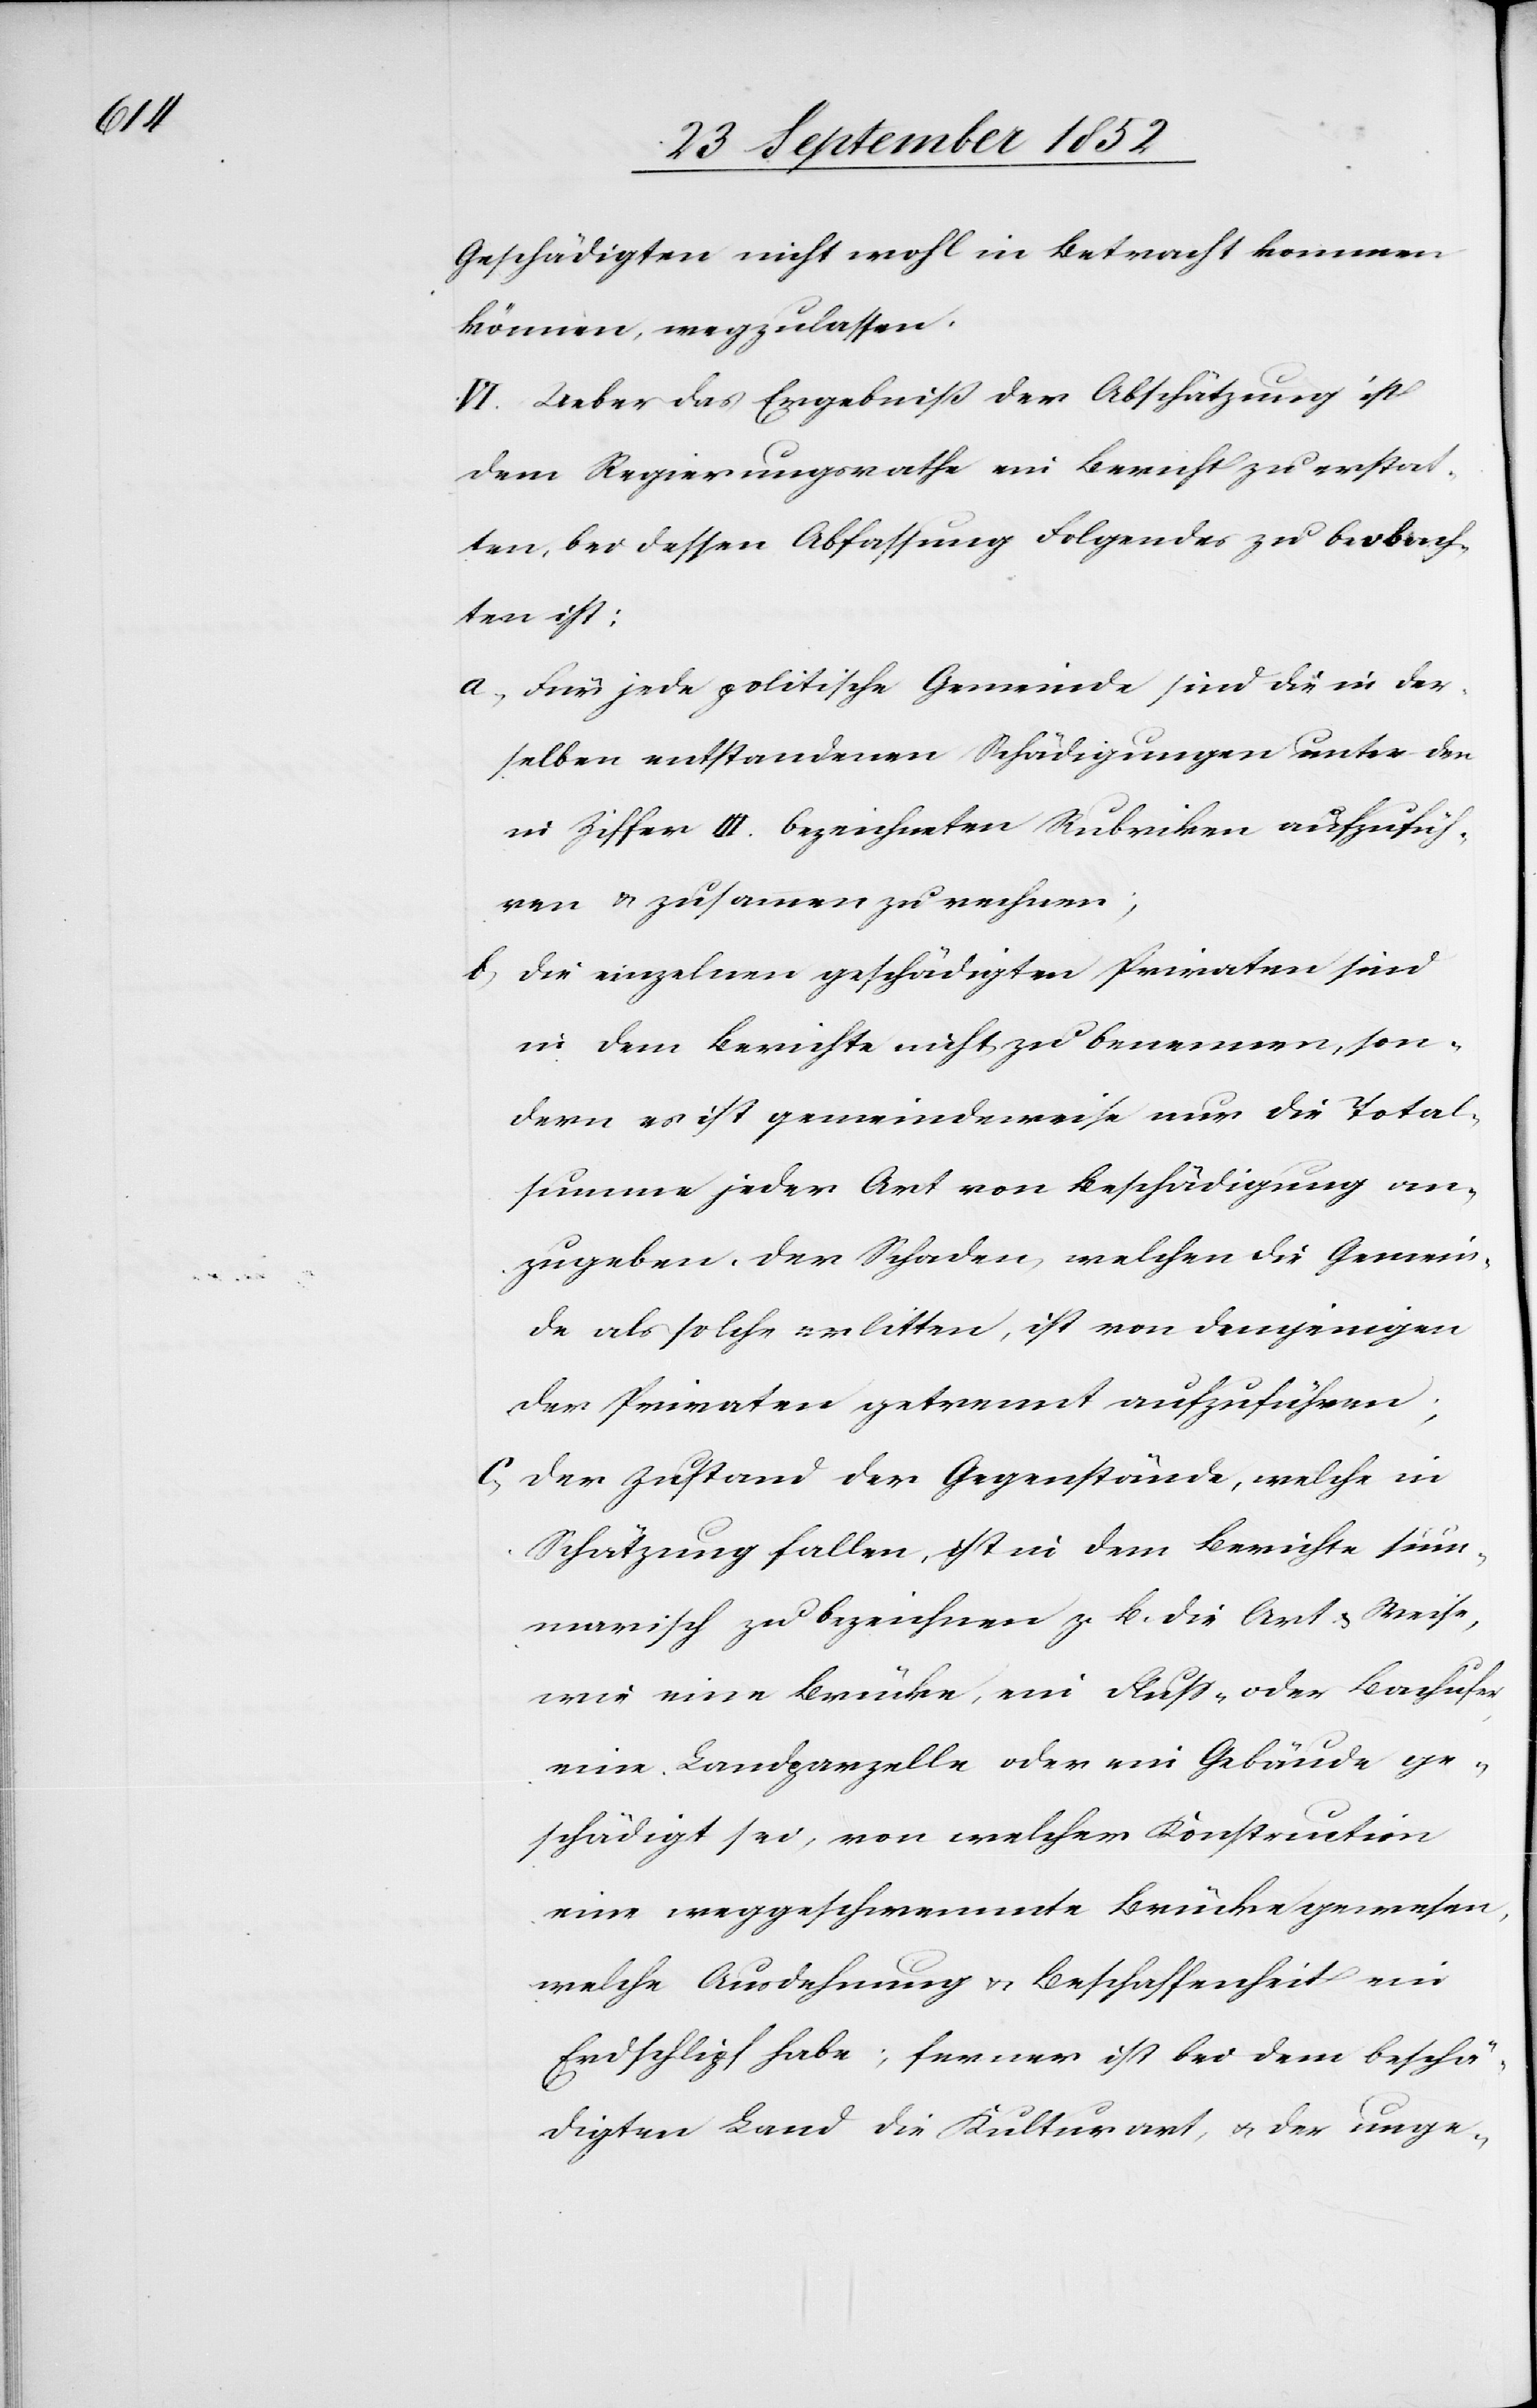
Geschädigten nicht wohl in Betracht kommen
können, wegzulassen.
VI. Ueber das Ergebniß der Abschätzung ist
dem Regierungsrathe ein Bericht zu erstat¬
ten, bei dessen Abfassung Folgendes zu beobach¬
ten ist:
Für jede politische Gemeinde sind die in der¬
selben entstandenen Schädigungen unter den
in Ziffer III. bezeichneten Rubriken aufzufüh¬
ren & zusammen zu rechnen;
die einzelnen geschädigten Privaten sind
in dem Berichte nicht zu benennen, son¬
dern es ist gemeindeweise nur die Total¬
summe jeder Art von Beschädigung an¬
zugeben. Der Schaden, welchen die Gemein¬
de als solche erlitten, ist von demjenigen
der Privaten getrennt aufzuführen;
Der Zustand der Gegenstände, welche in
Schätzung fallen, ist in dem Berichte sum¬
marisch zu bezeichnen z. B. die Art & Weise,
wie eine Brücke, ein Fluss- oder Bachufer,
eine Landparzelle oder ein Gebäude ge¬
schädigt sei, von welcher Konstruction
eine weggeschwemmte Brücke gewesen,
welche Ausdehnung & Beschaffenheit ein
Erdschlipf habe; ferner ist bei dem beschä¬
digten Land die Kulturart, & der unge-